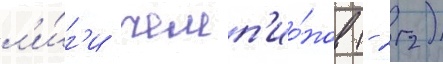
л'и́г'и чемп'ио́нов (- 22)